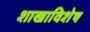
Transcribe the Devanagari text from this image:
शाखाविशेष